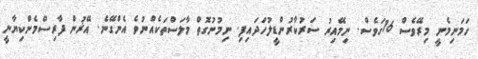
ހަމަނިމެނީ މިރޭވެސް 16ގަވެސް. ނިމޭއިރު ސަރުކާރުންޑީލުހަދައިފި. ނިމުނުގޮތް މާލަސްތަކެއްނުވެ އެންގޭނެ. އޭޜުން ފާރިސްމެންކިޔާނީ